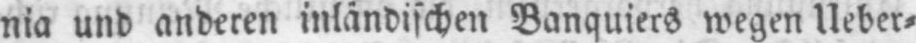
nia und anderen inländischen Banquiers wegen Ueber⸗